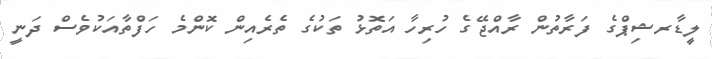
ލީޑާރޝިޕްގެ ފަރާތުން ރާއްޖޭގެ ހުރިހާ އަތޮޅު ތަކުގެ ތެރެއިން ކޮންމެ ހަފްތާއަކުވެސް ދަނީ